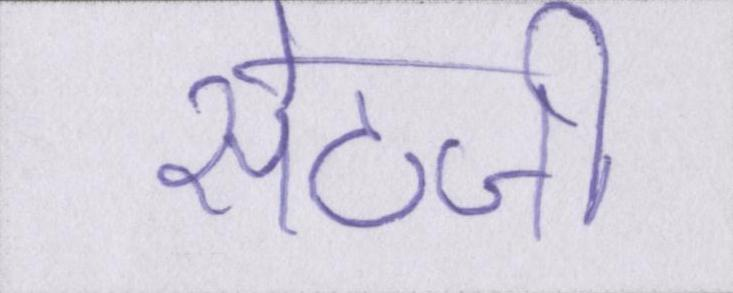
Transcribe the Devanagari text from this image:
सेठजी